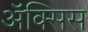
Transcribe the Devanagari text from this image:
ॲक्सिस